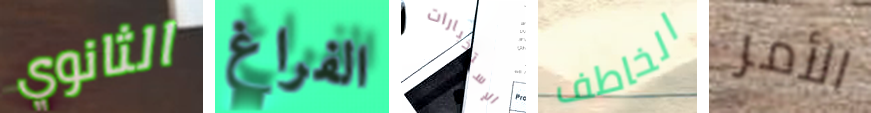
الثانوي الفراغ الإستخبارات الخاطف الأمر